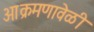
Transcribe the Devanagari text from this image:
आक्रमणावेळी